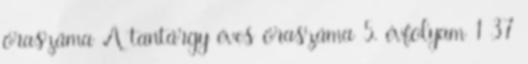
óraszáma A tantárgy éves óraszáma 5. évfolyam 1 37